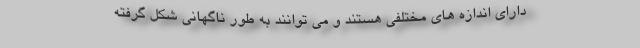
دارای اندازه های مختلفی هستند و می توانند به طور ناگهانی شکل گرفته